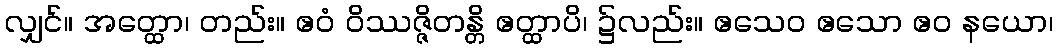
လျှင်။ အတ္ထော၊ တည်း။ ဧဝံ ဝိဿဇ္ဇိတန္တိ ဧတ္ထာပိ၊ ၌လည်း။ ဧသေဝ ဧသော ဧဝ နယော၊